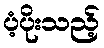
ပံ့ပိုးသည့်